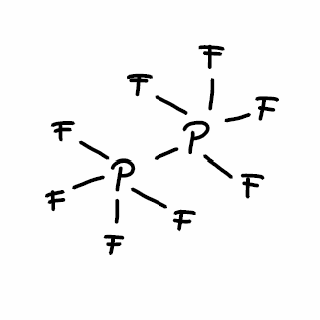
Simplified molecular-input line-entry system (SMILES) notation of the given molecule:
FP(F)(F)(F)P(F)(F)(F)F